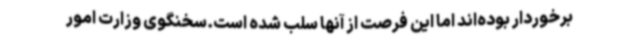
برخوردار بوده‌اند اما این فرصت از آنها سلب شده است.سخنگوی وزارت امور